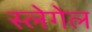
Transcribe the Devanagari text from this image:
स्लेगेल